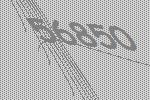
56850